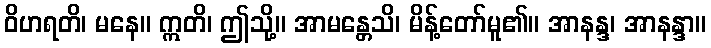
ဝိဟရတိ၊ မနေ။ ဣတိ၊ ဤသို့။ အာမန္တေသိ၊ မိန့်တော်မူ၏။ အာနန္ဒ၊ အာနန္ဒာ။